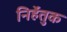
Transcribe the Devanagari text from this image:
निर्हेतुक